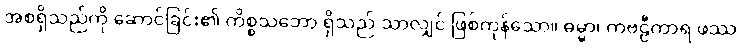
အစရှိသည်ကို ဆောင်ခြင်း၏ ကိစ္စသဘော ရှိသည် သာလျှင် ဖြစ်ကုန်သော။ ဓမ္မာ၊ ကဗဠီကာရ ဖဿ